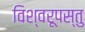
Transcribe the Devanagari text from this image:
विश्वरूपस्तु